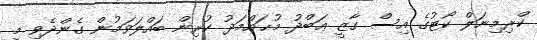
ކްރިމިނަލް ކޯޓުގެ އިސް ގާޒީ ޢަބްދު މުޙައްމަދު ކުރިން ބައްލަވަމުން ގެންދެވި މި